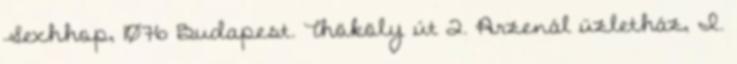
Sexhhop, 1076 Budapest. Thököly út 2. Arzenál üzletház, I.